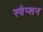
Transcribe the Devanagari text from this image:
स्वैप्शन